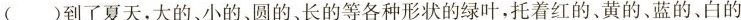
( )到了夏天，大的、小的、圆的、长的等各种形状的绿叶，托着红的、黄的、蓝的、白的